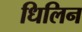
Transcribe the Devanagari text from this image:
धिलिन